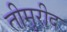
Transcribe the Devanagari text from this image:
तीमुरीद